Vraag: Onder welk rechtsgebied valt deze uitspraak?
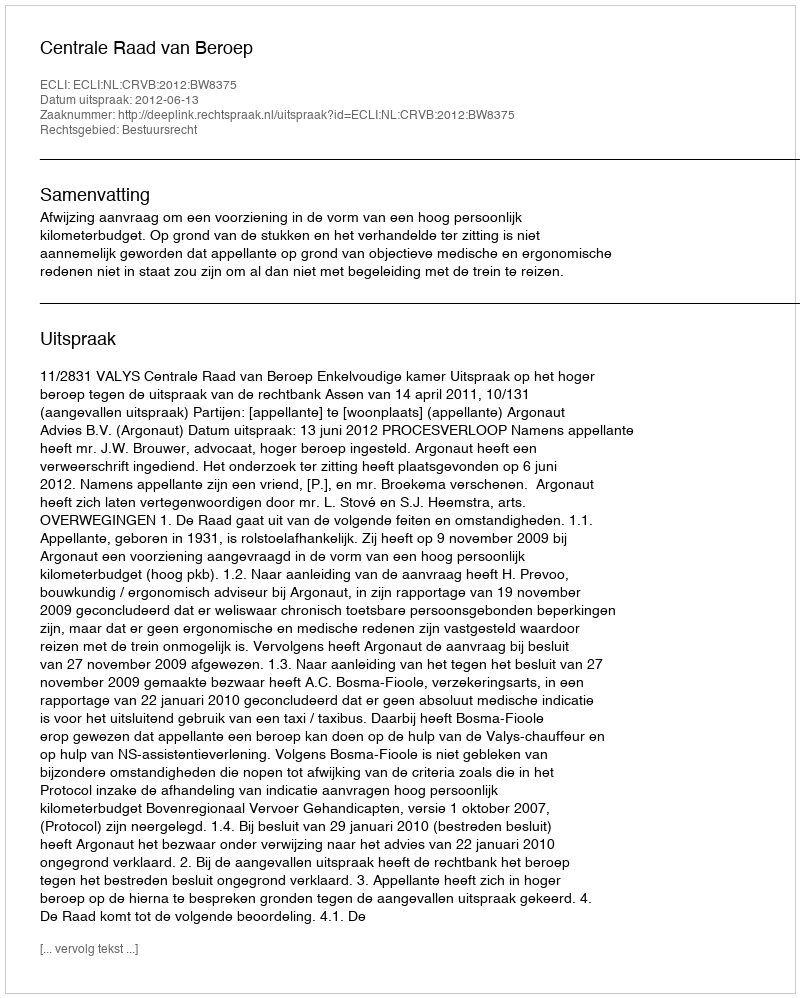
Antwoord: Bestuursrecht